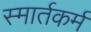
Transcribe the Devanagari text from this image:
स्मार्तकर्म